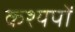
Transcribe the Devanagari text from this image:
कश्यपों